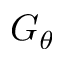
G _ { \theta }